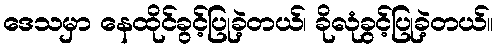
ဒေသမှာ နေထိုင်ခွင့်ပြုခဲ့တယ်၊ ခိုလုံခွင့်ပြုခဲ့တယ်။